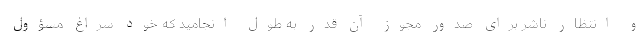
و انتظار ناشر برای صدور مجوز آن قدر به طول انجامید که خود سراغ مسؤول